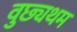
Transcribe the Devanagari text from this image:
वुछ्यथम